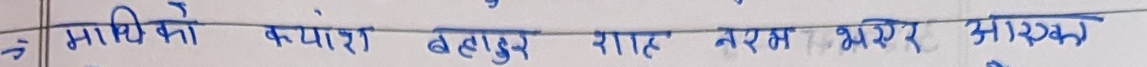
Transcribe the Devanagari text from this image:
माथिको क्यांश बहादुर शाह नरम भईरह आरक्षक